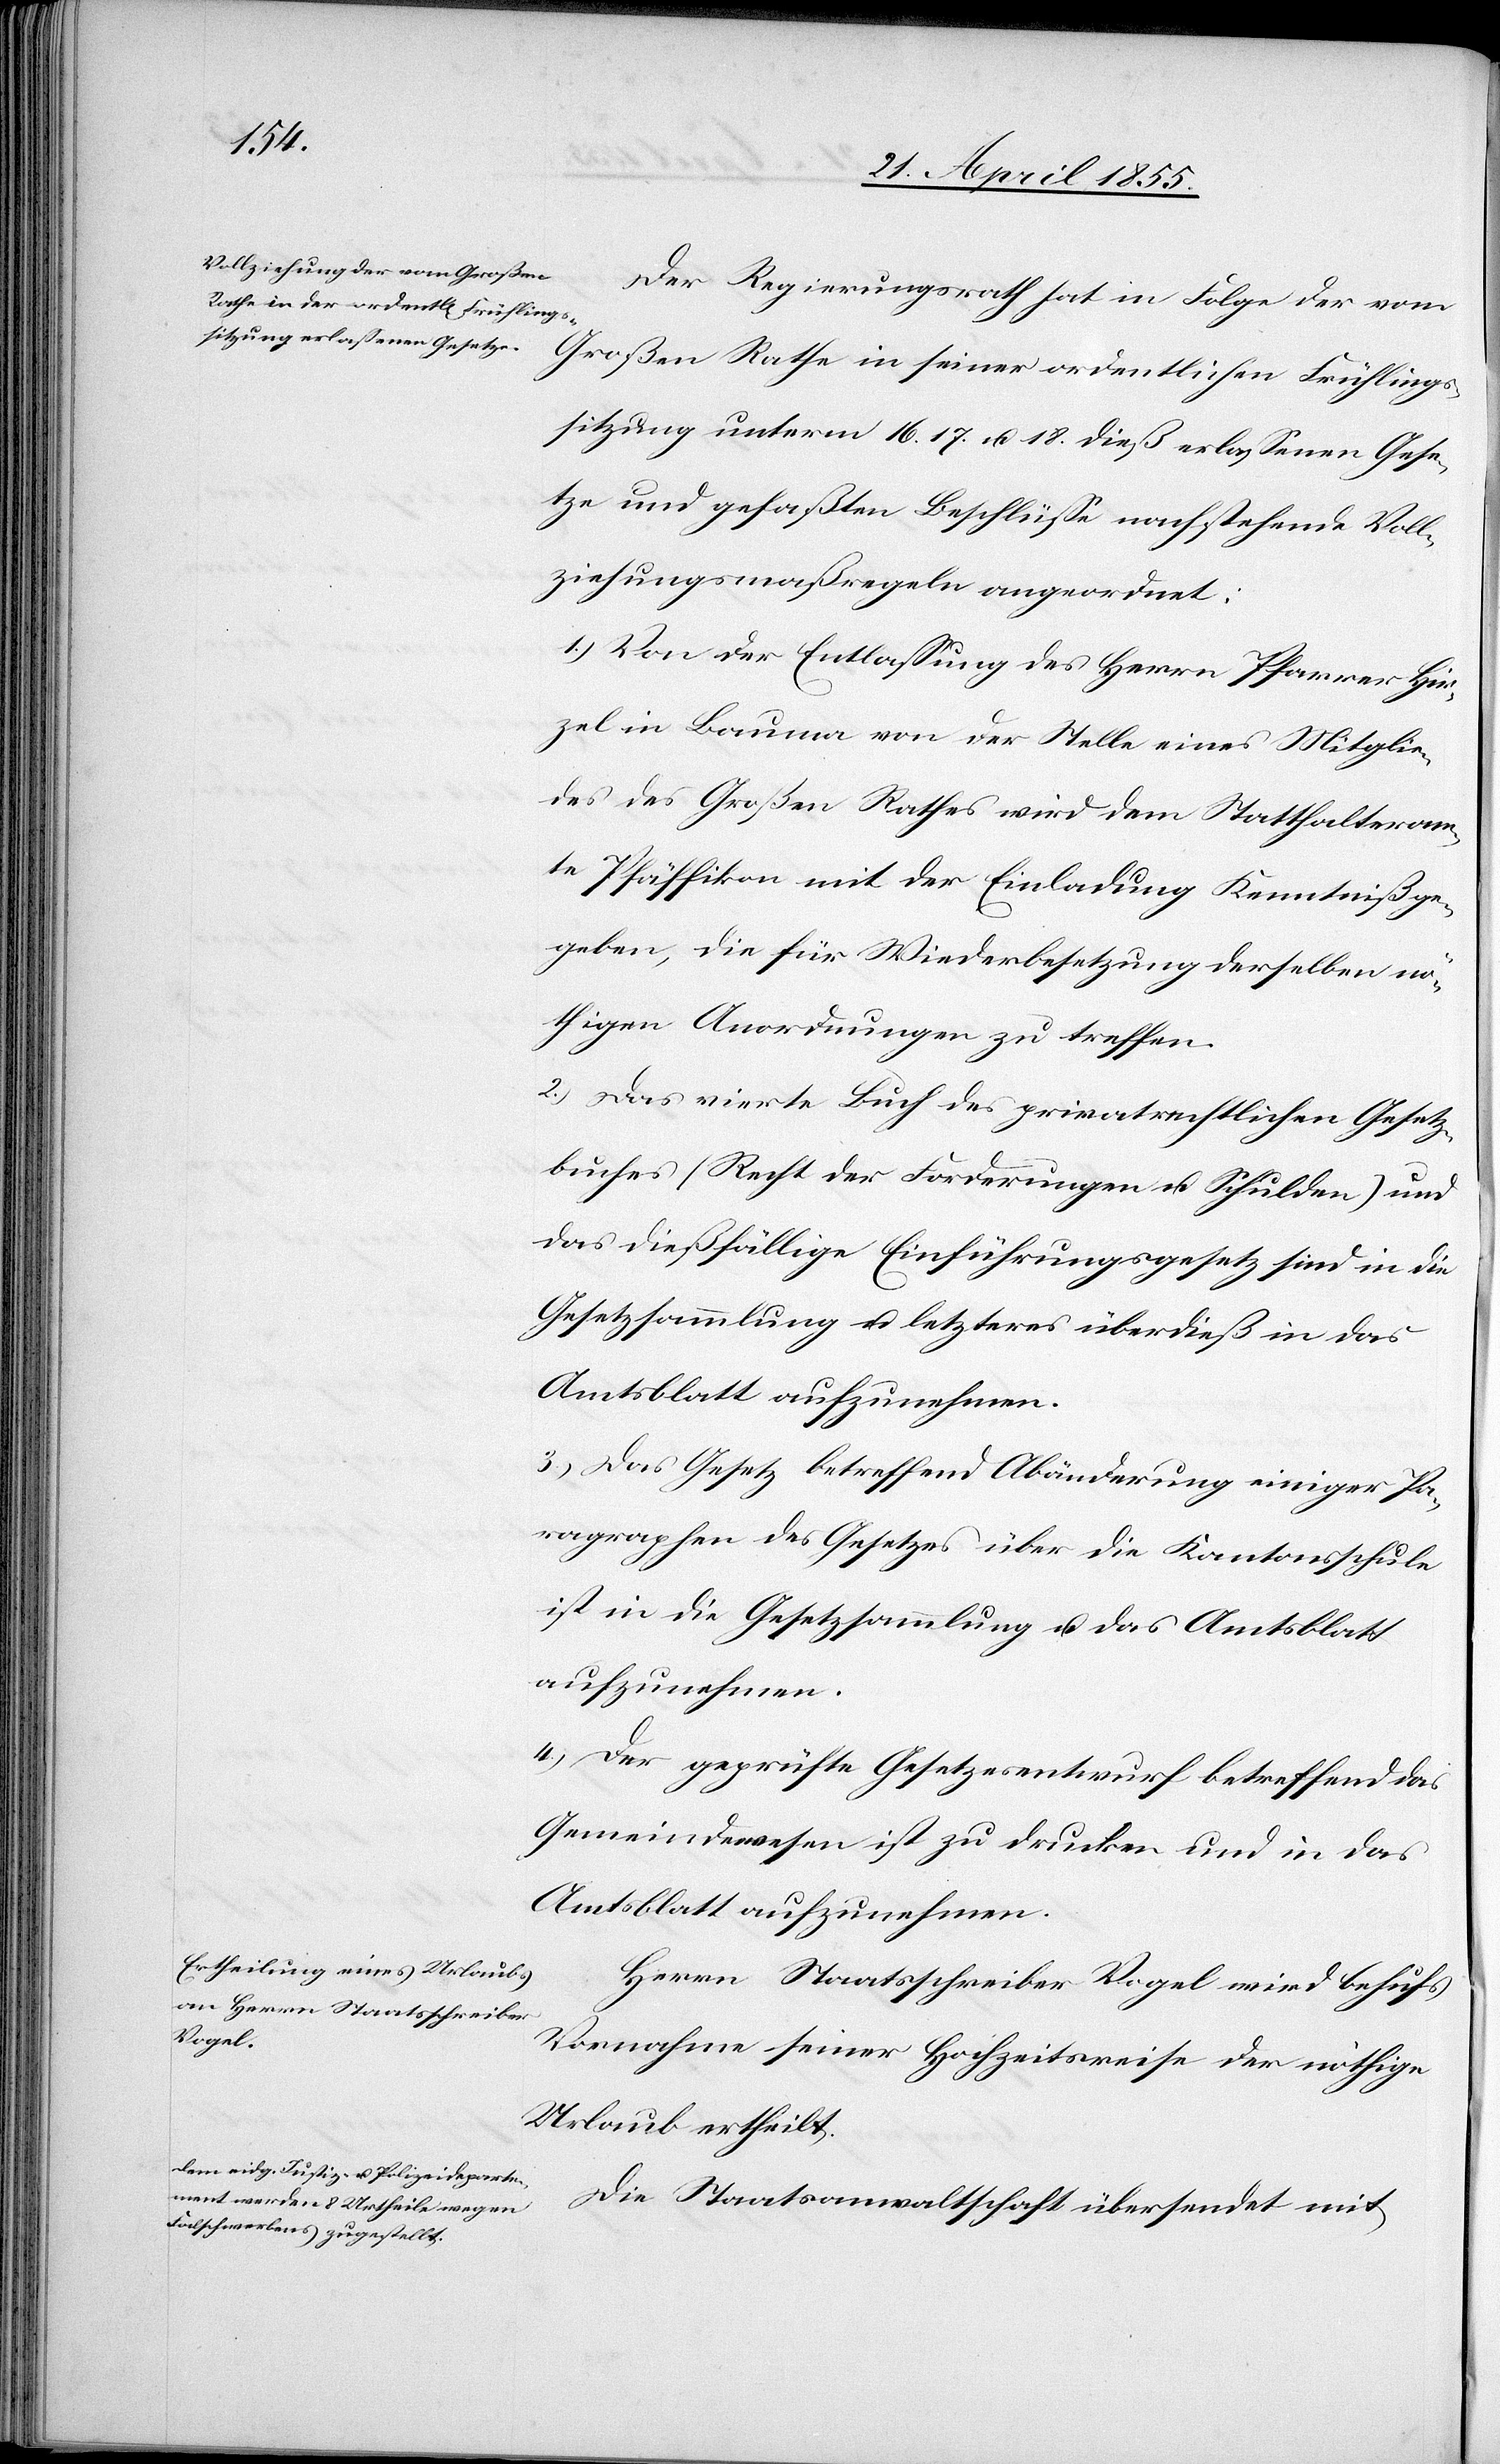
Der Regierungsrath hat in Folge der vom
Großen Rathe in seiner ordentlichen Frühlings¬
sitzung unterm 16.[,] 17. u. 18. dieß erlassenen Gese¬
tze und gefaßten Beschlüsse nachstehende Voll¬
ziehungsmaßregeln angeordnet:
1.) Von der Entlassung des Herrn Pfarrer Hir¬
zel in Bauma von der Stelle eines Mitglie¬
des des Großen Rathes wird dem Statthalteram¬
te Pfäffikon mit der Einladung Kenntniß ge¬
geben, die für Wiederbesetzung derselben nö¬
thigen Anordnungen zu treffen.
2.) Das vierte Buch des privatrechtlichen Gesetz¬
buches (Recht der Forderungen u. Schulden) und
das dießfällige Einführungsgesetz sind in die
Gesetzsammlung u. letzteres überdieß in das
Amtsblatt aufzunehmen.
3.) Das Gesetz betreffend Abänderung einiger Pa¬
ragraphen des Gesetzes über die Kantonsschule
ist in die Gesetzsammlung u. das Amtsblatt
aufzunehmen.
4.) Der geprüfte Gesetzesentwurf betreffend das
Gemeindewesen ist zu drucken und in das
Amtsblatt aufzunehmen.
Herrn Staatsschreiber Vogel wird behufs
Vornahme seiner Hochzeitsreise der nöthige
Urlaub ertheilt.
Die Staatsanwaltschaft übersendet mit